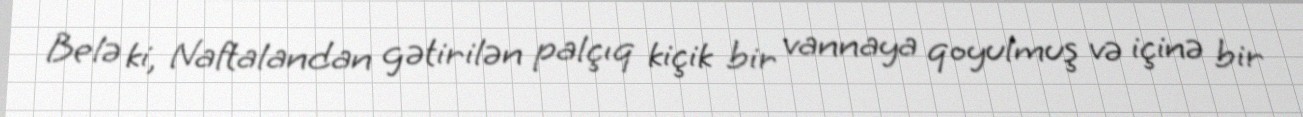
Belə ki, Naftalandan gətirilən palçıq kiçik bir vannaya qoyulmuş və içinə bir